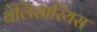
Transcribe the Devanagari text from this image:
बेलिसारियस